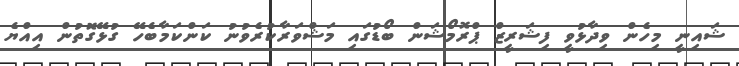
ޝައިނީ މިހެން ވިދާޅުވީ ފިޝަރީޒް ޕްރޮމޯޝަން ބޯޑުގައި މަޝްވަރާކުރެވުނު ކަންކަމާބެހޭ ގުޅޭގޮތުން އިއްޔެ